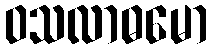
ဝသလာဓမော